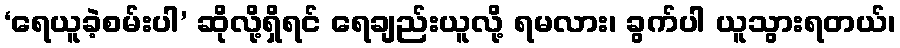
‘ရေယူခဲ့စမ်းပါ’ ဆိုလို့ရှိရင် ရေချည်းယူလို့ ရမလား၊ ခွက်ပါ ယူသွားရတယ်၊